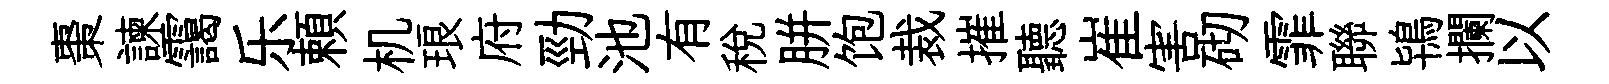
棗諫靄乐頼机琅府勁池有稅胼饱裁摧聽崔害砌霏聯鴇攔以